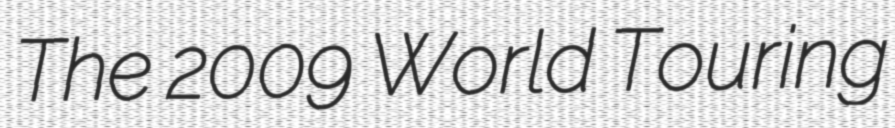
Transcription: The 2009 World Touring